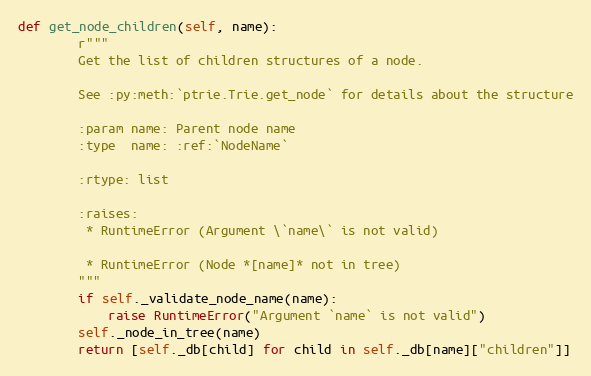
Language: Python
def get_node_children(self, name):
        r"""
        Get the list of children structures of a node.

        See :py:meth:`ptrie.Trie.get_node` for details about the structure

        :param name: Parent node name
        :type  name: :ref:`NodeName`

        :rtype: list

        :raises:
         * RuntimeError (Argument \`name\` is not valid)

         * RuntimeError (Node *[name]* not in tree)
        """
        if self._validate_node_name(name):
            raise RuntimeError("Argument `name` is not valid")
        self._node_in_tree(name)
        return [self._db[child] for child in self._db[name]["children"]]